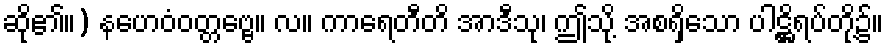
ဆို၏။) နဟေဝံဝတ္တဗ္ဗေ။ လ။ ကာရေတီတိ အာဒီသု၊ ဤသို့ အစရှိသော ပါဋ္ဌိရပ်တို့၌။